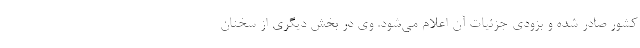
کشور صادر شده و بزودی جزئیات آن اعلام می‌شود. وی در بخش دیگری از سخنان